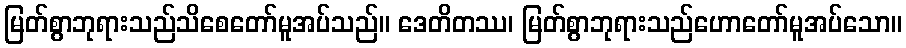
မြတ်စွာဘုရားသည်သိစေတော်မူအပ်သည်။ ဒေတိတဿ၊ မြတ်စွာဘုရားသည်ဟောတော်မူအပ်သော။